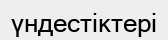
үндестіктері